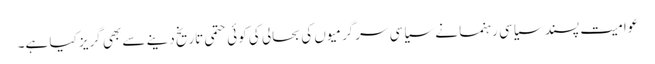
عوامیت پسند سیاسی رہنما نے سیاسی سرگرمیوں کی بحالی کی کوئی حتمی تاریخ دینے سے بھی گریز کیا ہے۔